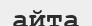
айта